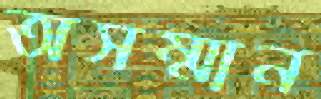
অসম্মান